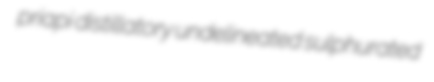
priapi distillatory undelineated sulphurated